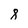
Character: 8